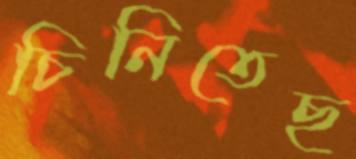
চিনিতেছ